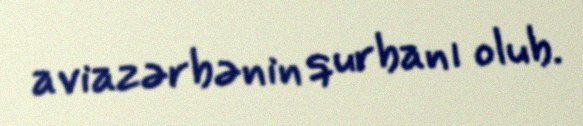
aviazərbənin qurbanı olub.